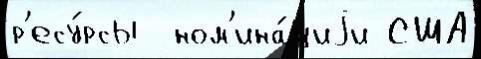
р'есу́рсы  ном'ина́циjи США